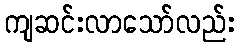
ကျဆင်းလာသော်လည်း